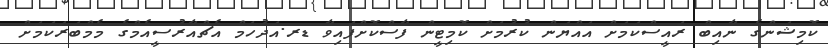
ކޮމިޝަންގެ ނާއިބް ރައީސްކަމަށް އައްޔަން ކުރުމަށް ކޮމިޓީން ފާސްކޮށްފައިވާ ޑރ.އަދުހަމް އެޗްއާރުސީއެމްގެ މެމްބަރަކަމަށް